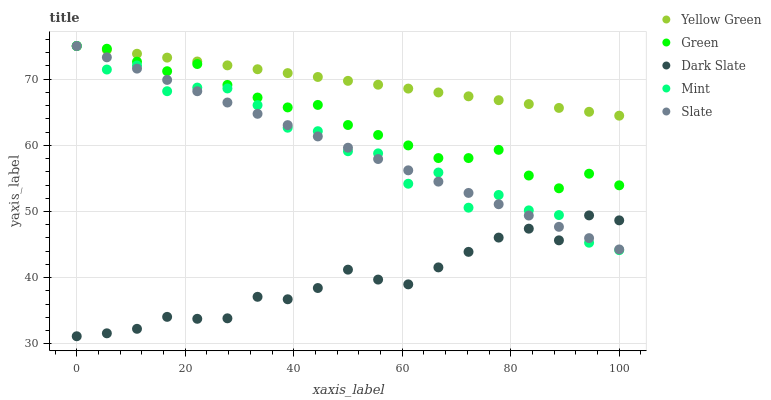
| xaxis_label | Yellow Green | Green | Dark Slate | Mint | Slate |
 | --- | --- | --- | --- | --- | --- |
 | 0 | 75 | 75 | 31.2 | 75 | 75 |
 | 5.56 | 74.4 | 74.6 | 31.6 | 71.4 | 73.3 |
 | 11.1 | 73.8 | 72.6 | 32.3 | 72.1 | 71.6 |
 | 16.7 | 73.2 | 71.2 | 34.1 | 68.2 | 69.9 |
 | 22.2 | 72.7 | 72.3 | 33.8 | 68.7 | 68.2 |
 | 27.8 | 72.1 | 69.1 | 33.9 | 68.6 | 66.5 |
 | 33.3 | 71.5 | 67.2 | 37.1 | 66.1 | 64.8 |
 | 38.9 | 70.9 | 65.7 | 36.7 | 62.7 | 63 |
 | 44.4 | 70.3 | 66.1 | 38.4 | 62.1 | 61.3 |
 | 50 | 69.7 | 63.1 | 41.2 | 59.1 | 59.6 |
 | 55.6 | 69.2 | 61.6 | 39.7 | 58.8 | 57.9 |
 | 61.1 | 68.6 | 60 | 39 | 54.2 | 56.2 |
 | 66.7 | 68 | 58.1 | 41.6 | 55.9 | 54.5 |
 | 72.2 | 67.4 | 58.1 | 43.9 | 50.6 | 52.8 |
 | 77.8 | 66.8 | 59.3 | 46.1 | 52.5 | 51.1 |
 | 83.3 | 66.2 | 55.4 | 47.4 | 50.2 | 49.4 |
 | 88.9 | 65.6 | 53.5 | 45.6 | 49.5 | 47.7 |
 | 94.4 | 65.1 | 55.7 | 49.4 | 45.3 | 46 |
 | 100 | 64.5 | 54 | 48.7 | 44.2 | 44.3 |